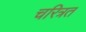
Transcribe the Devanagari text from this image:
चरित्रत